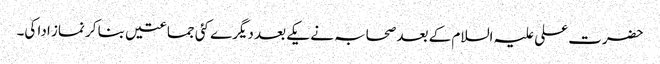
حضرت علی علیہ السلام کے بعد صحابہ نے یکے بعد دیگرے کئی جماعتیں بنا کر نماز ادا کی۔